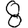
Digit: 8